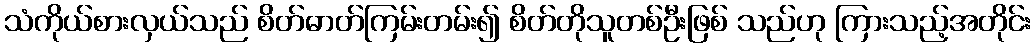
သံကိုယ်စားလှယ်သည် စိတ်ဓာတ်ကြမ်းတမ်း၍ စိတ်တိုသူတစ်ဦးဖြစ် သည်ဟု ကြားသည့်အတိုင်း